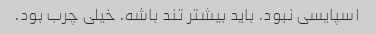
اسپایسی نبود. باید بیشتر تند باشه. خیلی چرب بود.